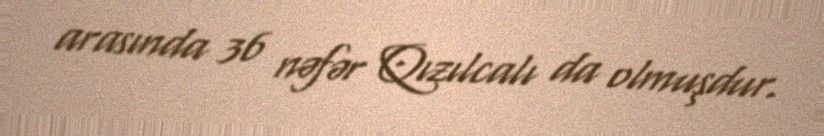
arasında 36 nəfər Qızılcalı da olmuşdur.